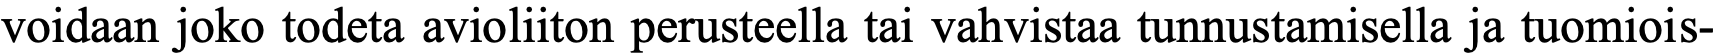
voidaan joko todeta avioliiton perusteella tai vahvistaa tunnustamisella ja tuomiois-